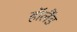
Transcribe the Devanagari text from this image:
हाॅलैंड